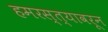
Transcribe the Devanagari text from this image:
हमरस्त्यावरून